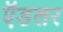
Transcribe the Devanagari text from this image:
ऍडलर